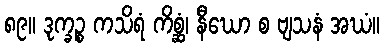
၈၉။ ဒုက္ခဉ္စ ကသိရံ ကိစ္ဆံ၊ နီဃော စ ဗျသနံ အဃံ။